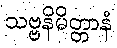
သဗ္ဗနိမိတ္တာနံ